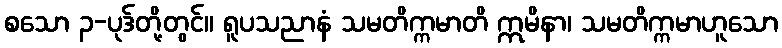
စသော ၃-ပုဒ်တို့တွင်။ ရူပသညာနံ သမတိက္ကမာတိ ဣမိနာ၊ သမတိက္ကမာဟူသော